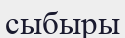
сыбыры